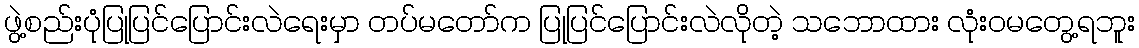
ဖွဲ့စည်းပုံပြုပြင်ပြောင်းလဲရေးမှာ တပ်မတော်က ပြုပြင်ပြောင်းလဲလိုတဲ့ သဘောထား လုံးဝမတွေ့ရဘူး